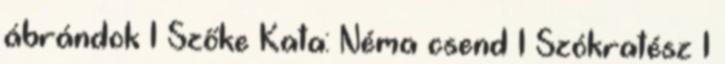
ábrándok 1 Szőke Kata: Néma csend 1 Szókratész 1